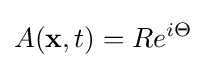
A(\mathbf {x} ,t)=Re^{i\Theta }